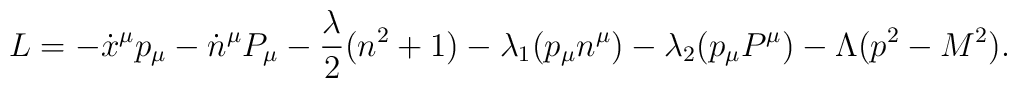
L=-\dot x^{\mu}p_{\mu}-\dot n^{\mu}P_{\mu}-{{\lambda}\over 2}(n^2+1)-\lambda_1(p_\mu n^\mu)-\lambda_2(p_\mu P^\mu)-\Lambda (p^2-M^2).